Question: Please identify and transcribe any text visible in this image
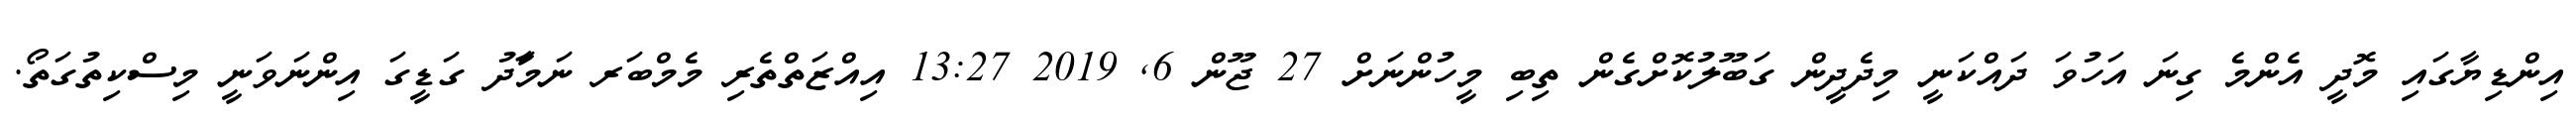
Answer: އިންޑިޔާގައި މޮދީ އެންމެ ގިނަ އަހުވަ ދައްކަނީ މިދެދީން ގަބޫލުކޮށްގެން ތިބި މީހުންނަށް 27 ޖޫން 6, 2019 13:27 އިއްޒަތްތެރި މެމްބަރ ނަމަާދު ގަޑީގަ އިންނަވަނީ މިސްކިތުގަތޯ.